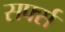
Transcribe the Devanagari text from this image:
सर्फ्स